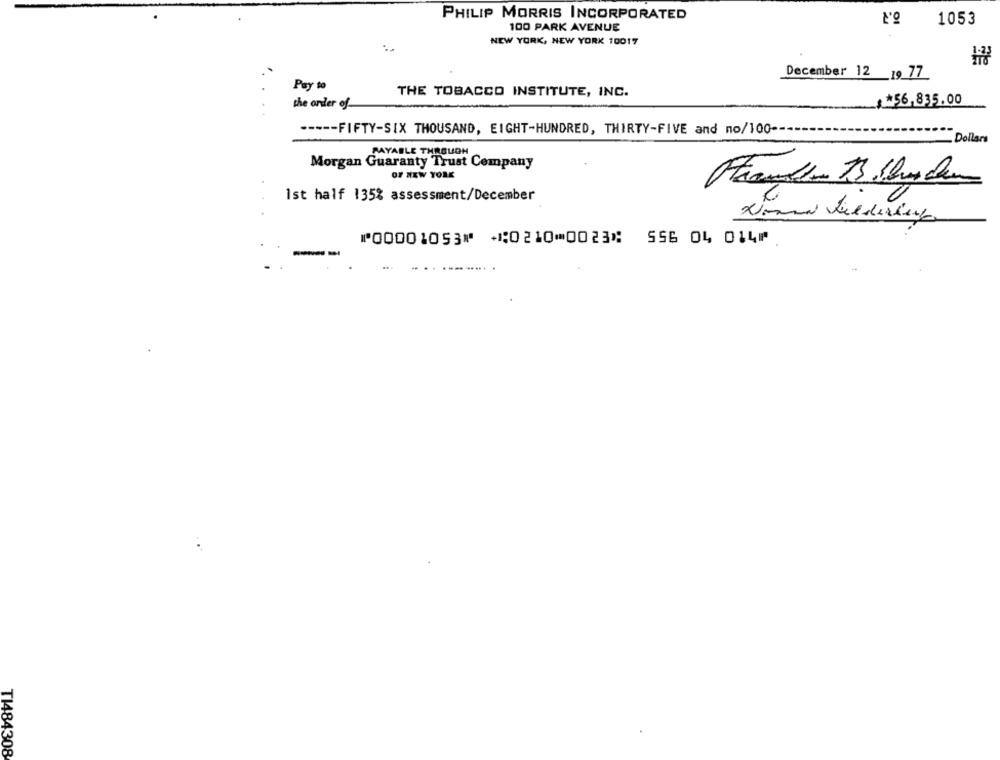
PHILIP MORRIS INCORPORATED
1053
100 PARK AVENUE
NEW YORK, NEW YORK 10017
December 12 _19 77
Pay to
THE TOBACCO INSTITUTE, INC.
the order of-
*56.835.00
----- FIFTY-SIX THOUSAND, EIGHT-HUNDRED, THIRTY-FIVE and no/100 --
Dollars
PAYABLE THROUGH
Morgan Guaranty Trust Company
OF NEW YORK
Ist half 135% assessment/December
⑈00001053⑈ ⑆0210⑉0023⑆ 556 04 014⑈
T1484308